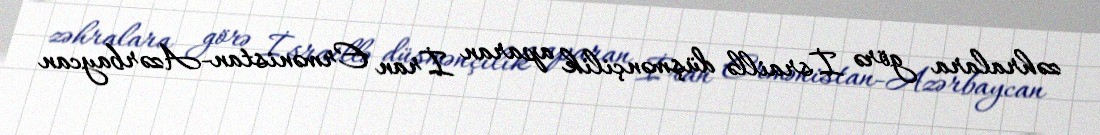
zəhralara görə İsraillə düşmənçilik aparan İran Ermənistan-Azərbaycan